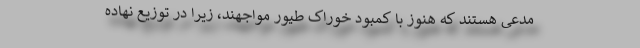
مدعی هستند که هنوز با کمبود خوراک طیور مواجهند، زیرا در توزیع نهاده